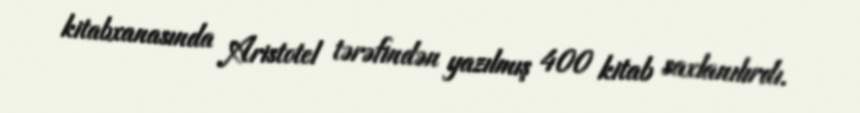
kitabxanasında Aristotel tərəfindən yazılmış 400 kitab saxlanılırdı.